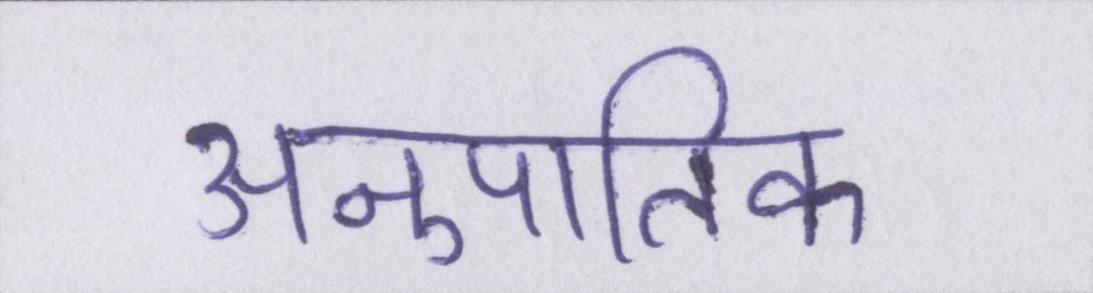
अनुपातिक